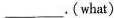
___. (what)